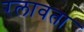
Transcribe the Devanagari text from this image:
रलावता